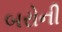
બરોની